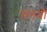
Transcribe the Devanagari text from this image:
तलबों